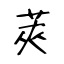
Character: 莢